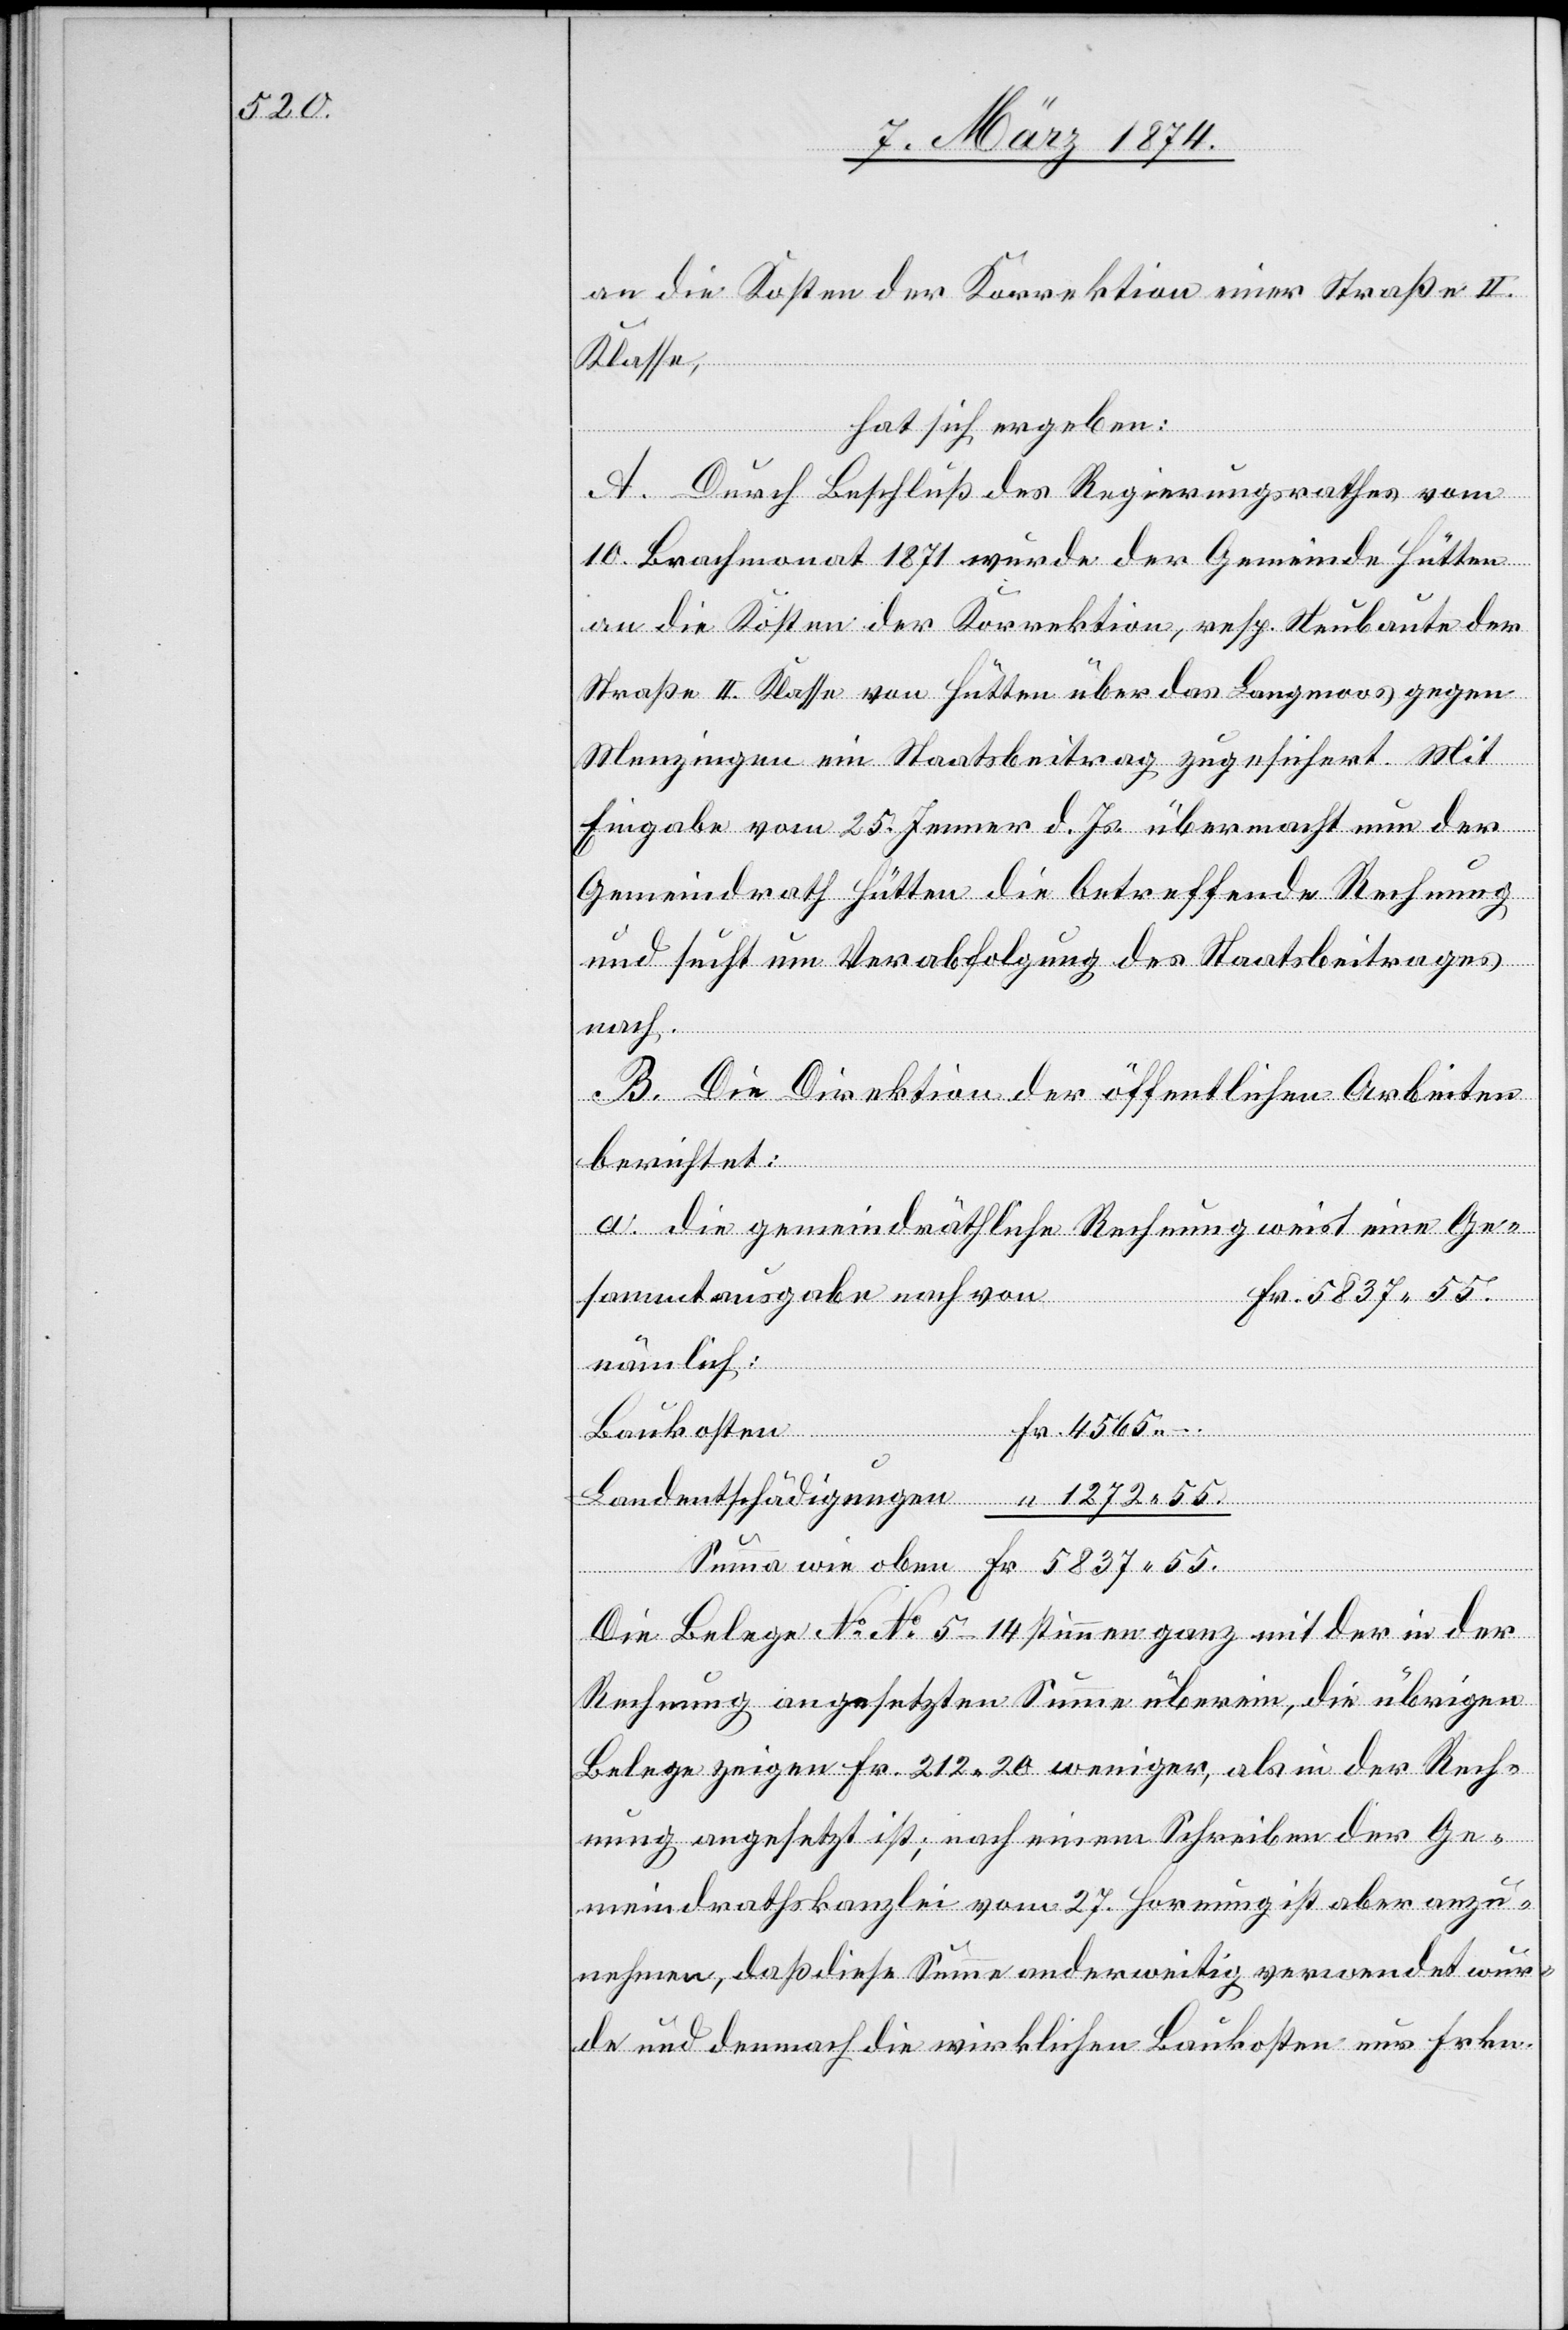
an die Kosten der Korrektion einer Straße II.
Klasse,
hat sich ergeben:
A. Durch Beschluß des Regierungsrathes vom
10. Brachmonat 1871 wurde der Gemeinde Hütten
an die Kosten der Korrektion, resp. Neubaute der
Straße II. Klasse von Hütten über das Langmoos gegen
Menzingen ein Staatsbeitrag zugesichert. Mit
Eingabe vom 25. Jenner d. Js. übermacht nun der
Gemeindrath Hütten die betreffende Rechnung
und sucht um Verabfolgung des Staatsbeitrages
nach.
B. Die Direktion der öffentlichen Arbeiten
berichtet:
a. die gemeindräthliche Rechnung weist eine Ge¬
sammtausgabe nach von
Fr. 5837.55.
nämlich:
r. 4565.–
Baukosten		F¬
Landentschädigungen 	 “ 1272.55.
Summa wie oben	Fr. 5837.55.
Die Belege No.No 5–14 stimmen ganz mit der in der
Rechnung angesetzten Summe überein, die übrigen
Belege zeigen Fr. 212.20 weniger, als in der Rech¬
nung angesetzt ist; nach einem Schreiben der Ge¬
meindrathskanzlei vom 27. Hornung ist aber anzu¬
nehmen, daß diese Summe anderweitig verwendet wür¬
de und demnach die wirklichen Baukosten nur Frkn.